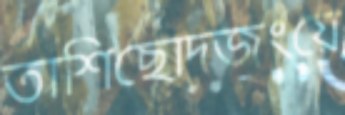
তাশিছোদজংয়ে